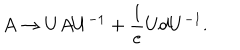
A \rightarrow U A U ^ { - 1 } + \frac { 1 } { e } U d U ^ { - 1 } .